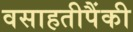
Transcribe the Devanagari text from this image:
वसाहतीपैंकी